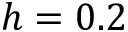
h = 0 . 2